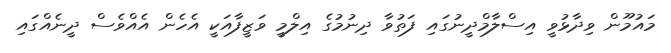
މައުމޫން ވިދާޅުވީ އިސްލާމްދީނުގައި ފަތުވާ ދިނުމުގެ އިލްމީ ވަޒީފާއަކީ އެހެން އެއްވެސް ދީނެއްގައި